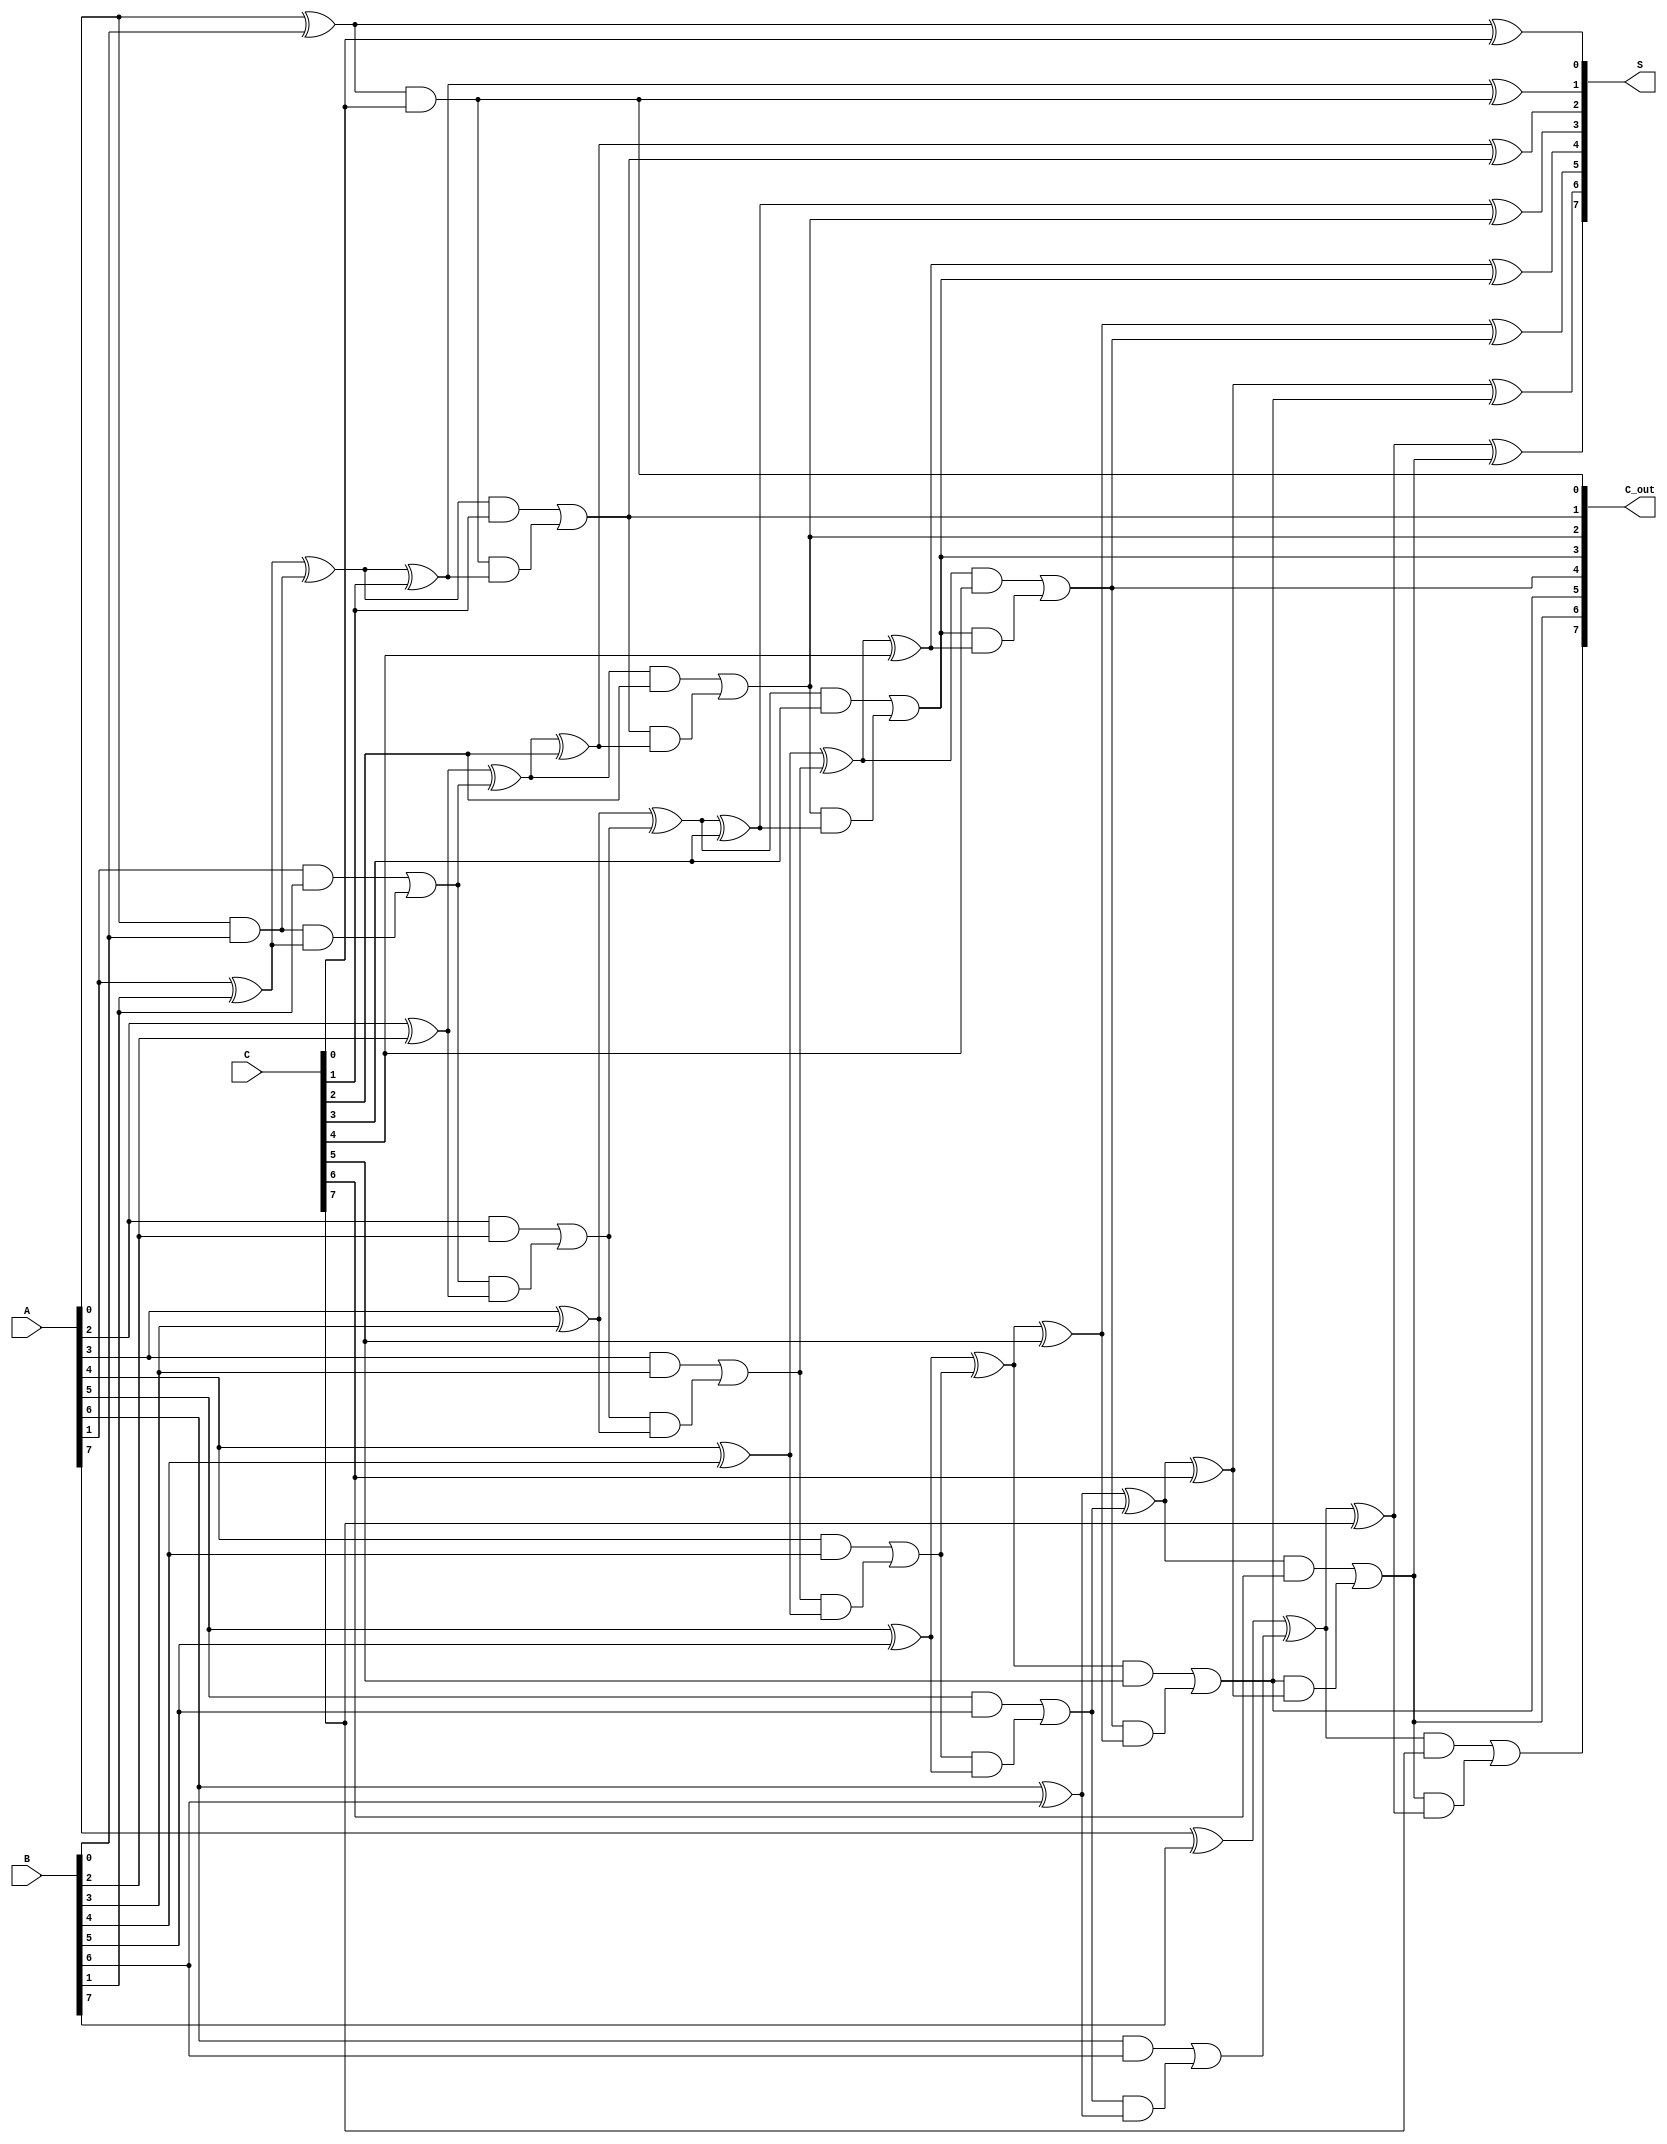
module carry_save_adder #(
    parameter WIDTH = 8 // Bit width of the inputs
)(
    input  [WIDTH-1:0] A, // First input
    input  [WIDTH-1:0] B, // Second input
    input  [WIDTH-1:0] C, // Third input
    output [WIDTH-1:0] S, // Final sum output
    output [WIDTH-1:0] C_out // Final carry output
);
    // Internal wires for the sum and carry outputs of the full adder stages
    wire [WIDTH-1:0] sum1, sum2, carry1, carry2;

    // First stage of full adders
    genvar i;
    generate
        for (i = 0; i < WIDTH; i = i + 1) begin : full_adder_stage_1
            // Full adder for A and B
            if (i == 0) begin
                assign sum1[i] = A[i] ^ B[i];
                assign carry1[i] = A[i] & B[i];
            end else begin
                assign sum1[i] = A[i] ^ B[i] ^ carry1[i-1];
                assign carry1[i] = (A[i] & B[i]) | (carry1[i-1] & (A[i] ^ B[i]));
            end
        end
    endgenerate

    // Second stage of full adders
    generate
        for (i = 0; i < WIDTH; i = i + 1) begin : full_adder_stage_2
            // Full adder for sum1 and C
            if (i == 0) begin
                assign sum2[i] = sum1[i] ^ C[i];
                assign carry2[i] = sum1[i] & C[i];
            end else begin
                assign sum2[i] = sum1[i] ^ C[i] ^ carry2[i-1];
                assign carry2[i] = (sum1[i] & C[i]) | (carry2[i-1] & (sum1[i] ^ C[i]));
            end
        end
    endgenerate

    // Final sum and carry outputs
    assign S = sum2;        // Final sum output
    assign C_out = carry2;  // Final carry output

endmodule